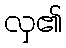
လှ၏